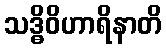
သဒ္ဓိဝိဟာရိနာတိ